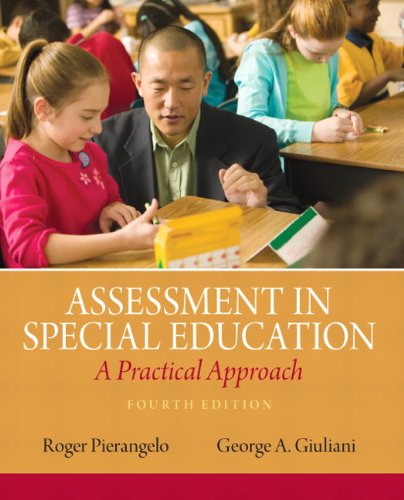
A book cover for Assessment in Special Education: A Practical Approach (4th Edition); Roger A. Pierangelo; Education & Teaching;